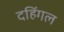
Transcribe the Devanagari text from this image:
दहिंगल